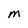
Character: m